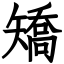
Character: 矯